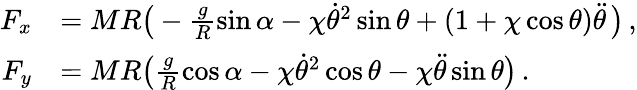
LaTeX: \begin{array}{rl}{F_{x}}&{=MR\big(-\frac{g}{R}\sin\alpha-\chi\dot{\theta}^{2}\sin\theta+(1+\chi\cos\theta)\ddot{\theta}\, \big)\, ,}\\ {F_{y}}&{=MR\big(\frac{g}{R}\cos\alpha-\chi\dot{\theta}^{2}\cos\theta-\chi\ddot{\theta}\sin\theta\big)\, .}\end{array}